system: You are a helpful assistant.
user:
Analyze the provided spectrum to determine if it is a **"Cataclysmic Variables (CV)"**.

- **Key Indicators for CV (Check for either state):**
    - **State 1: Quiescent / Low-State (Emission-Dominated)**
        - **(Primary):** Strong and *very broad* Hydrogen Balmer emission lines (e.g., $H\alpha$ at 6563 Å, $H\beta$ at 4861 Å). The 'broadness' (high velocity dispersion, often FWHM > 1000 km/s) is the key diagnostic, indicating a high-velocity accretion disk.
        - **(Secondary):** Broad neutral Helium (He I) emission lines (e.g., 5876 Å, 6678 Å).
        - **(Key Confirmation):** Presence of high-excitation *ionized* Helium (He II) emission at 4686 Å. This is a strong indicator of accretion onto a white dwarf.
        - **(Line Profile):** Emission lines may exhibit a 'double-peaked' profile, which is a classic signature of a rotating accretion disk viewed at high inclination.

    - **State 2: Outburst / High-State (Absorption-Dominated)**
        - **(Primary):** Spectrum is dominated by a bright, blue continuum (looks like a hot star).
        - **(Secondary):** The emission lines from State 1 are weak, absent, or 'filled in', and are replaced by broad, shallow *absorption* lines (primarily Balmer and He I).
        - **(Morphology):** The overall spectrum mimics a hot B/A-type star. The crucial difference is that the absorption lines are significantly broader, shallower, and more 'washed-out' (or 'smeared') than the sharp lines of a normal stellar photosphere, due to high rotational speeds and pressure broadening in the disk.

Think first, call **spectral_visualization_tool** if needed to examine features in detail, then provide your final answer. Your response must adhere to the following strict rules:
1.  **Overall Structure:** Your response must follow the format `<think>...</think> <tool_call>...</tool_call> (if a tool is used) <answer>...</answer>`.
2.  **Tool Usage Constraint:** You may only make **one** tool call per turn.
3.  **Final Answer Format:** In the `<answer>` tag, your conclusion must be inside a `\boxed{}` command (e.g., `\boxed{YES}`), followed by your justification.

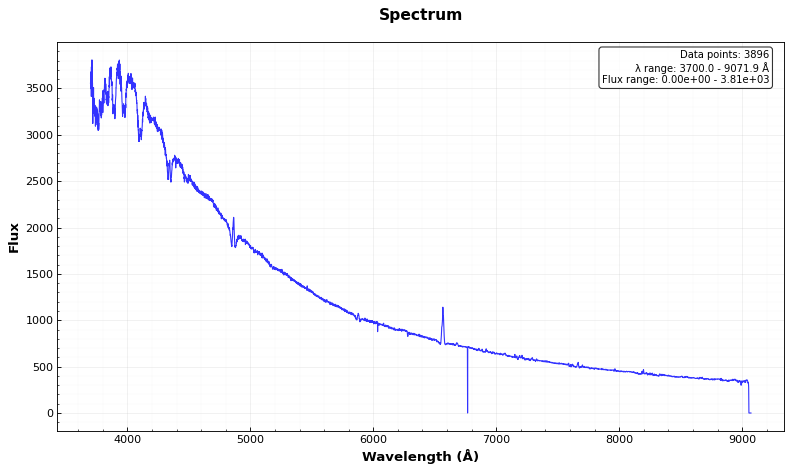
Answer: YES